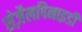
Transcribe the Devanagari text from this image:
सेज़ैलपिनाइडी